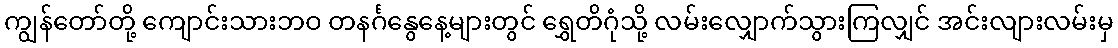
ကျွန်တော်တို့ ကျောင်းသားဘဝ တနင်္ဂနွေနေ့များတွင် ရွှေတိဂုံသို့ လမ်းလျှောက်သွားကြလျှင် အင်းလျားလမ်းမှ